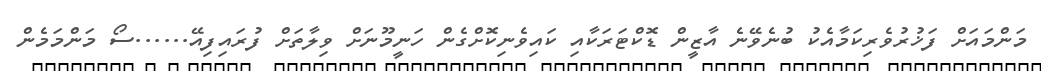
މަންމައަށް ފަޚުރުވެރިކަމާއެކު ބުނެވޭނެ އާޒީން ޑޮކްޓަރަކާއި ކައިވެނިކޮށްގެން ހަނީމޫނަށް ވިލާތަށް ފުރައިފިއޭ......ސޯ މަންމަމެން